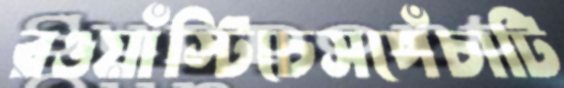
রওয়াঁস্টিচেসপেঁচাটি